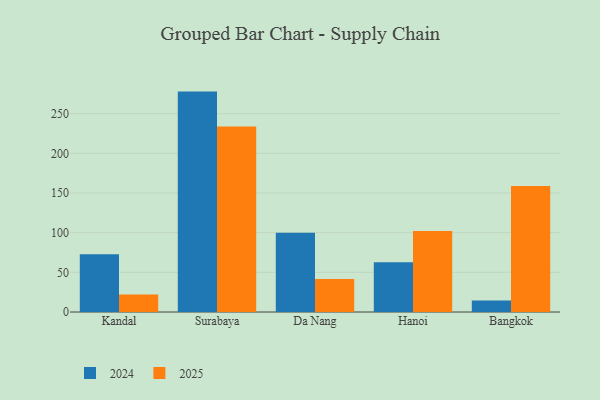
{"axis": {"x": "City", "y": "Latency (ms)"}, "legend": ["2024", "2025"], "data": [{"x": "Kandal", "y": 22.2, "type": "2025"}, {"x": "Kandal", "y": 72.7, "type": "2024"}, {"x": "Surabaya", "y": 233.7, "type": "2025"}, {"x": "Surabaya", "y": 277.8, "type": "2024"}, {"x": "Da Nang", "y": 41.6, "type": "2025"}, {"x": "Da Nang", "y": 100.0, "type": "2024"}, {"x": "Hanoi", "y": 102.1, "type": "2025"}, {"x": "Hanoi", "y": 62.6, "type": "2024"}, {"x": "Bangkok", "y": 158.8, "type": "2025"}, {"x": "Bangkok", "y": 14.6, "type": "2024"}]}